Report on horse surra - Volume II, Part I
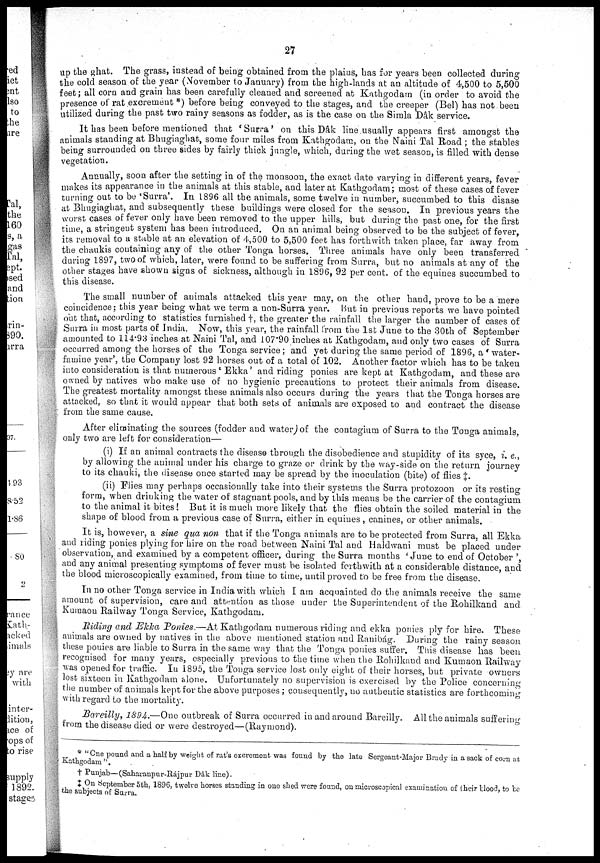
27
up the ghat. The grass, instead of being obtained from the plains, has for years been collected during
the cold season of the year (November to January) from the high-lands at an altitude of 4,500 to 5,500
feet; all corn and grain has been carefully cleaned and screened at Kathgodam (in order to avoid the
presence of rat excrement *) before being conveyed to the stages, and the creeper (Bel) has not been
utilized during the past two rainy seasons as fodder, as is the case on the Simla Dâk service.
It has been before mentioned that ' Surra' on this Dâk line usually appears first amongst the
animals standing at Bhugiaghat, some four miles from Kathgodam, on the Naini Tal Road ; the stables
being surrounded on three sides by fairly thick jungle, which, during the wet season, is filled with dense
vegetation.
Annually, soon after the setting in of the monsoon, the exact date varying in different years, fever
makes its appearance in the animals at this stable, and later at Kathgodam; most of these cases of fever
turning out to be 'Surra'. In 1896 all the animals, some twelve in number, succumbed to this disase
at Bhugiaghat, and subsequently these buildings were closed for the season. In previous years the
worst cases of fever only have been removed to the upper hills, but during the past one, for the first
time, a stringent system has been introduced. On an animal being observed to be the subject of fever,
its removal to a stable at an elevation of 4,500 to 5,500 feet has forthwith taken place, far away from
the chaukis containing any of the other Tonga horses. Three animals have only been transferred
during 1897, two of which, later, were found to be suffering from Surra, but no animals at any of the
other stages have shown signs of sickness, although in 1896, 92 per cent. of the equines succumbed to
this disease.
The small number of animals attacked this year may, on the other hand, prove to be a mere
coincidence; this year being what we term a non-Surra year. But in previous reports we have pointed
out that, according to statistics furnished †, the greater the rainfall the larger the number of cases of
Surra in most parts of India. Now, this year, the rainfall from the 1st June to the 30th of September
amounted to 114.93 inches at Naini Tal, and 107.90 inches at Kathgodam, and only two cases of Surra
occurred among the horses of the Tonga service ; and yet during the same period of 1896, a ' water¬
famine year', the Company lost 92 horses out of a total of 102. Another factor which has to be taken
into consideration is that numerous ' Ekka' and riding ponies are kept at Kathgodam, and these are
owned by natives who make use of no hygienic precautions to protect their animals from disease.
The greatest mortality amongst these animals also occurs during the years that the Tonga horses are
attacked, so that it would appear that both sets of animals are exposed to and contract the disease
from the same cause.
After eliminating the sources (fodder and water,) of the contagium of Surra to the Tonga animals,
only two are left for consideration—
(i) If an animal contracts the disease through the disobedience and stupidity of its syce, i. e.,
by allowing the animal under his charge to graze or drink by the way-side on the return journey
to its chauki, the disease once started may be spread by the inoculation (bite) of flies ‡.
(ii) Flies may perhaps occasionally take into their systems the Surra protozoon or its resting
form, when drinking the water of stagnant pools, and by this means be the carrier of the contagium
to the animal it bites! But it is much more likely that the flies obtain the soiled material in the
shape of blood from a previous case of Surra, either in equines, canines, or other animals.
It is, however, a sine qua non that if the Tonga animals are to be protected from Surra, all Ekka
and riding ponies plying for hire on the road between Naini Tal and Haldwani must be placed under
observation, and examined by a competent officer, during the Surra months ' June to end of October ',
and any animal presenting symptoms of fever must be isolated forthwith at a considerable distance, and
the blood microscopically examined, from time to time, until proved to be free from the disease.
In no other Tonga service in India with which I am acquainted do the animals receive the same
amount of supervision, care and attention as those under the Superintendent of the Rohilkand and
Kumaon Railway Tonga Service, Kathgodam.
Riding and Ekka Ponies.—At Kathgodam numerous riding and ekka ponies ply for hire. These
animals are owned by natives in the above mentioned station and Ranibág. During the rainy season
these ponies are liable to Surra in the same way that the Tonga ponies suffer. This disease has been
recognised for many years, especially previous to the time when the Rohilkand and Kumaon Railway
was opened for traffic. In 1895, the Tonga service lost only eight of their horses, but private owners
lost sixteen in Kathgodam alone. Unfortunately no supervision is exercised by the Police concerning
the number of animals kept for the above purposes ; consequently, no authentic statistics are forthcoming
with regard to the mortality.
Bareilly, 1894.—One outbreak of Surra occurred in and around Bareilly. All the animals suffering
from the disease died or were destroyed—(Raymond).
* "One pound and a half by weight of rat's excrement was found by the late Sergeant-Major Brady in a sack of corn at
Kathgodam".
† Punjab—(Saharanpur-Rájpur Dâk line).
‡ On September 5th, 1896, twelve horses standing in one shed were found, on microscopical examination of their blood, to be
the subjects of Surra.